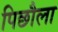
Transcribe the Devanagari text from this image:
पिछौला